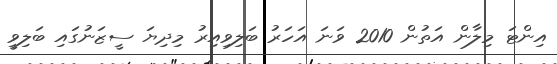
އިންޓަ މިލާން އަތުން 2010 ވަނަ އަހަރު ބަލިވިއިރު މިދިޔަ ސީޒަނުގައި ބަލިވީ